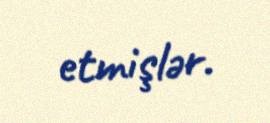
etmişlər.